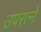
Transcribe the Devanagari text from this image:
उपरत्‍ने